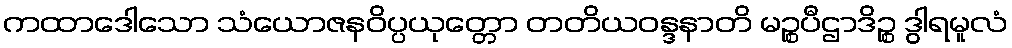
ကထာဒေါသော သံယောဇနဝိပ္ပယုတ္တော တတိယဝန္ဒနာတိ မဉ္စပီဌာဒိဉ္စ ဒွါရမူလံ